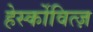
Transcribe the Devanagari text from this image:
हेर्स्कोवित्ज़